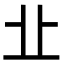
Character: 㐀